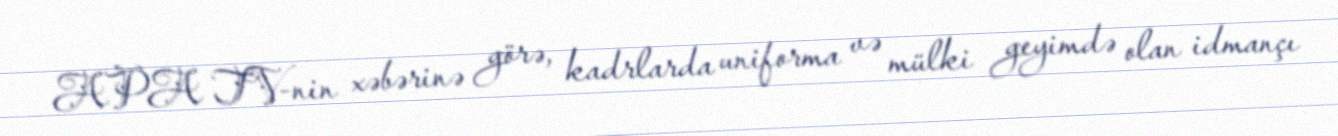
APA TV-nin xəbərinə görə, kadrlarda uniforma və mülki geyimdə olan idmançı